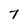
Character: 7